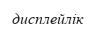
дисплейлік